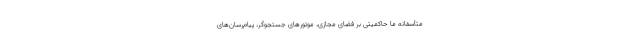
متأسفانه ما حاکمیتی بر فضای مجازی، موتورهای جستجوگر، پیام‌رسان‌های